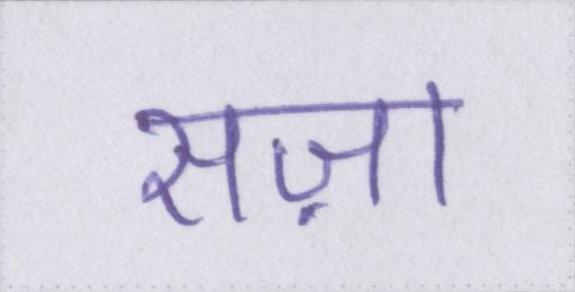
सज़ा